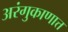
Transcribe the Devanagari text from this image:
अरंगुकाणात्त